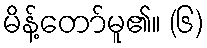
မိန့်တော်မူ၏။ (၆)